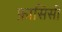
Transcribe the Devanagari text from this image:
फ्रासिसी